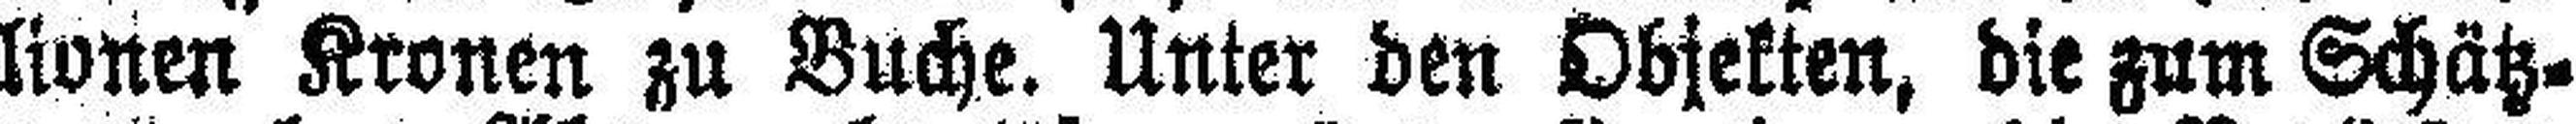
lionen Kronen zu Buche. Unter den Objekten, die zum Schätz¬